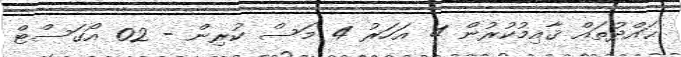
ޙައްދުތައް ޤާއިމުކުރުން 4 އަހަރު 4 މަސް ކުރިން - 02 އޯގަސްޓް